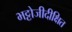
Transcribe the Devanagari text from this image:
भट्टोजीदीक्षित